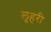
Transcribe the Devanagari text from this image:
लूहरी